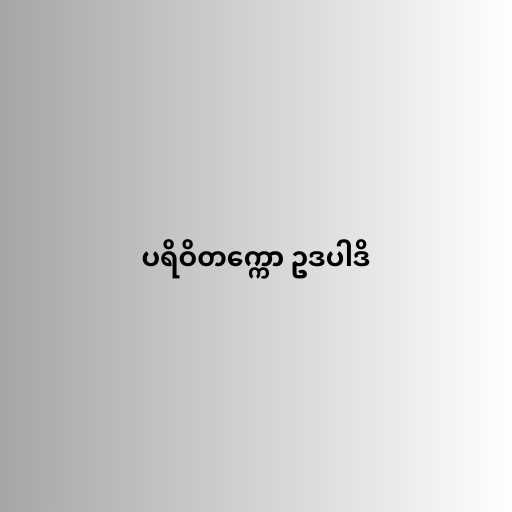
ပရိဝိတက္ကော ဥဒပါဒိ